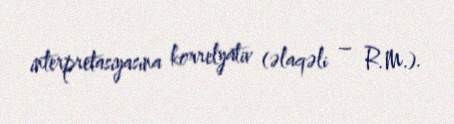
interpretasiyasına korrelyativ (əlaqəli – R.M.).